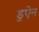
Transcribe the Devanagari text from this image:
डुऐन